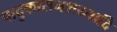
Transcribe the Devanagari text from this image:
पादुकासनशय्यादि